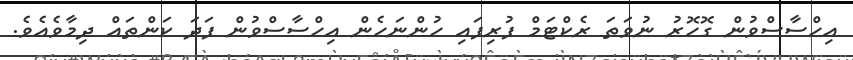
އިހްސާސްވުން ގޮހޮރު ނުވަތަ ރެކްޓަމް ފުރިފައި ހުންނަހެން އިހްސާސްވުން ފަދަ ކަންތައް ދިމާވެއެވެ.